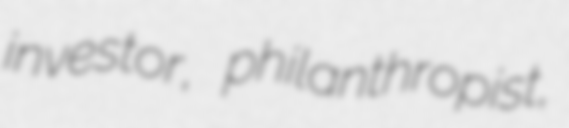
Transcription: investor, philanthropist,